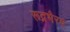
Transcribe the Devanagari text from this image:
रूद्रभैरव